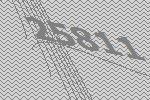
25811